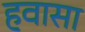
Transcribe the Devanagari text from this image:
हवासा